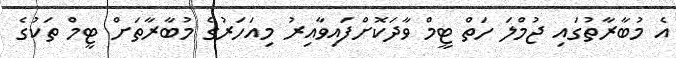
އެ މުބާރާތުގައި ޖުމްލަ ހަތް ޓީމް ވާދަކޮށްފައިވާއިރު މިއަހަރުގެ މުބާރާތަށް ޓީމް ތަކުގެ